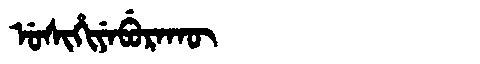
Manchu: ᡠᠰᡳᡥᡳᠶᡝᠪᡠᡵᠠᡴᡡ
Romanization: USIHIYEBURAKŪ